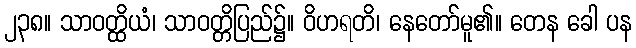
၂၃၈။ သာဝတ္ထိယံ၊ သာဝတ္တိပြည်၌။ ဝိဟရတိ၊ နေတော်မူ၏။ တေန ခေါ ပန